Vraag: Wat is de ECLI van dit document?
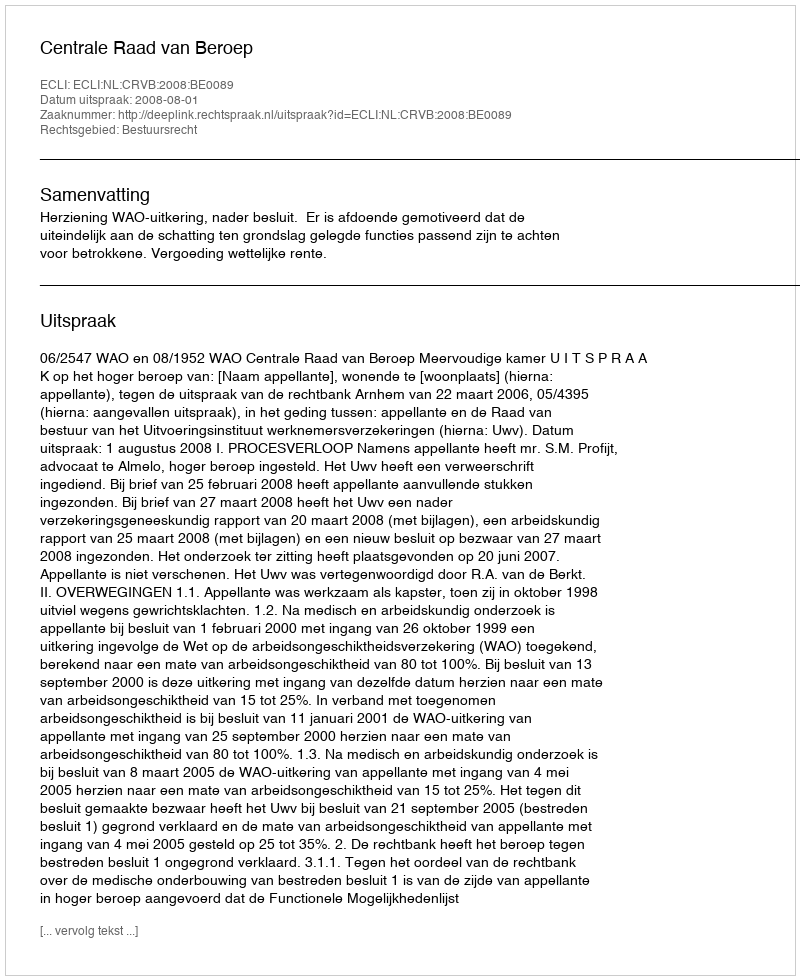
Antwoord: ECLI:NL:CRVB:2008:BE0089